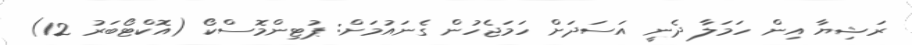
ރަޝިޔާ އިން ހަމަލާ ދެނީ އަސަދަށް ހަމަޖެހުން ގެނައުމަށް: ޕުޓިންމޮސްކޯ (އޮކްޓޯބަރު 12)